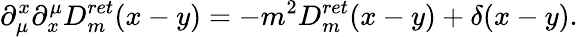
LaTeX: \partial_{\mu}^{x}\partial_{x}^{\mu}D_{m}^{ret}(x-y)=-m^{2}D_{m}^{ret}(x-y)+\delta(x-y).